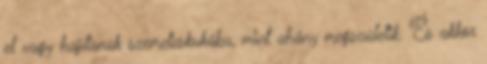
el vagy hajítanak szemeteskukába, mint ahány megszületik. És akkor